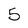
Character: 5